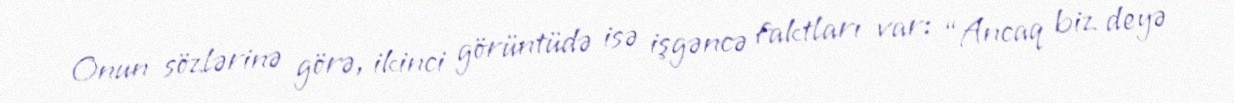
Onun sözlərinə görə, ikinci görüntüdə isə işgəncə faktları var: “Ancaq biz deyə